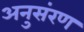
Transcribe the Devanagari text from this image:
अनुसंरण